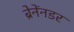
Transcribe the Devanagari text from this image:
ब्रेनेंनडर